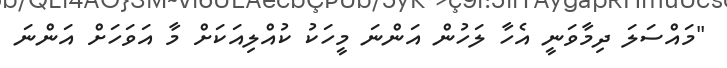
"މައްސަލަ ދިމާވަނީ އެހާ ލަހުން އަންނަ މީހަކު ކުއްލިއަކަށް މާ އަވަހަށް އަންނަ